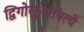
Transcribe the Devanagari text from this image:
द्विगोर्लुगनपत्ये